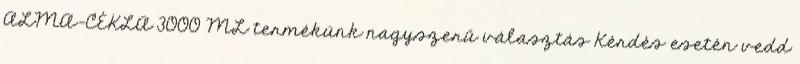
ALMA-CÉKLA 3000 ML termékünk nagyszerű választás Kérdés esetén vedd